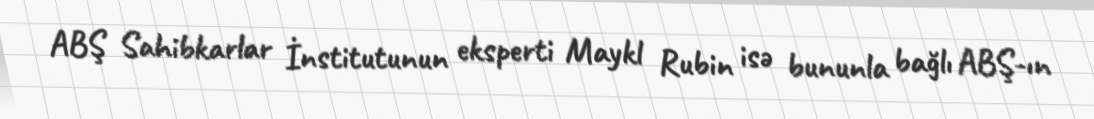
ABŞ Sahibkarlar İnstitutunun eksperti Maykl Rubin isə bununla bağlı ABŞ-ın